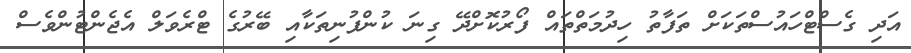
އަދި ގެސްޓްހައުސްތަކަށް ތަފާތު ހިދުމަތްތައް ފޯރުކޮށްދޭ ގިނަ ކުންފުނިތަކާއި ބޭރުގެ ޓްރެވަލް އެޖެންޓުންވެސް